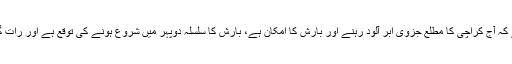
محکمہ موسمیات کا کہنا ہے کہ آج کراچی کا مطلع جزوی ابر آلود رہنے اور بارش کا امکان ہے، بارش کا سلسلہ دوپہر میں شروع ہونے کی توقع ہے اور رات گئے تک جاری رہ سکتا ہے۔